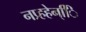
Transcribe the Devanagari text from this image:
नप्र्हहेन्िि